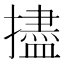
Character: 𪮺